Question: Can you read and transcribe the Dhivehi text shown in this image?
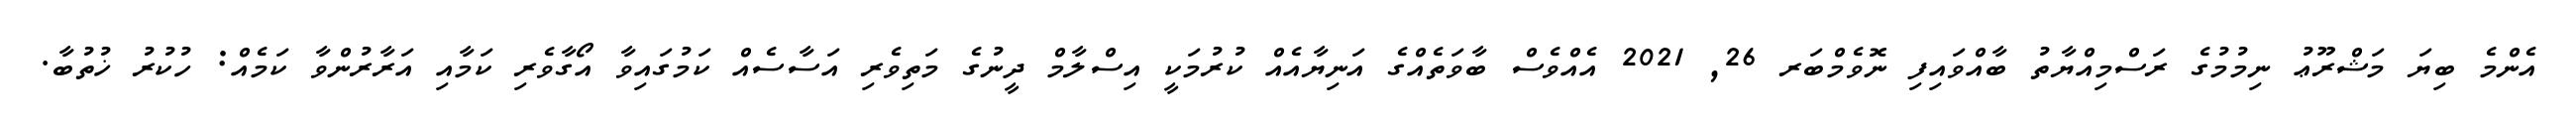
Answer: އެންމެ ބިޔަ މަޝްރޫޢު ނިމުމުގެ ރަސްމިއްޔާތު ބާއްވައިފި ނޮވެމްބަރ 26, 2021 އެއްވެސް ބާވަތެއްގެ އަނިޔާއެއް ކުރުމަކީ އިސްލާމް ދީނުގެ މަތިވެރި އަސާސެއް ކަމުގައިވާ އޯގާވެރި ކަމާއި އަރާރުންވާ ކަމެއް: ހުކުރު ޚުތުބާ.